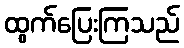
ထွက်ပြေးကြသည်